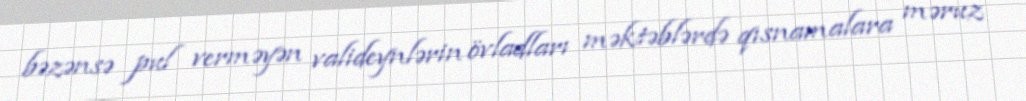
bəzənsə pul verməyən valideynlərin övladları məktəblərdə qısnamalara məruz